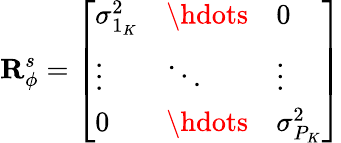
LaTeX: \mathbf{R}_{\phi}^{s}=\left[\begin{array}{lll}{\sigma_{1_{K}}^{2}}&{\hdots}&{0}\\ {\vdots}&{\ddots}&{\vdots}\\ {0}&{\hdots}&{\sigma_{P_{K}}^{2}}\end{array}\right]